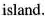
island.